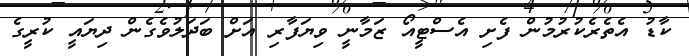
ކާޑު އެތެރެކުރުމުން ފެށި އެސްޓީއޯ ޒަމާނީ ވިޔަފާރި އަށް ބަދަލުވެގެން ދިޔައީ ކުރީގެ